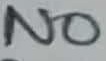
Text: NO